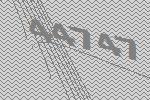
44747